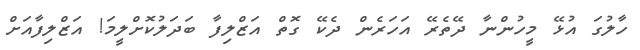
ހާލުގަ އުޅޭ މީހުންނާ ދޭތެރޭ އަހަރެން ދެކޭ ގޮތް އަޒްލިފާ ބަދަލުކޮށްލީމަ! އަޒްލިފާއަށް